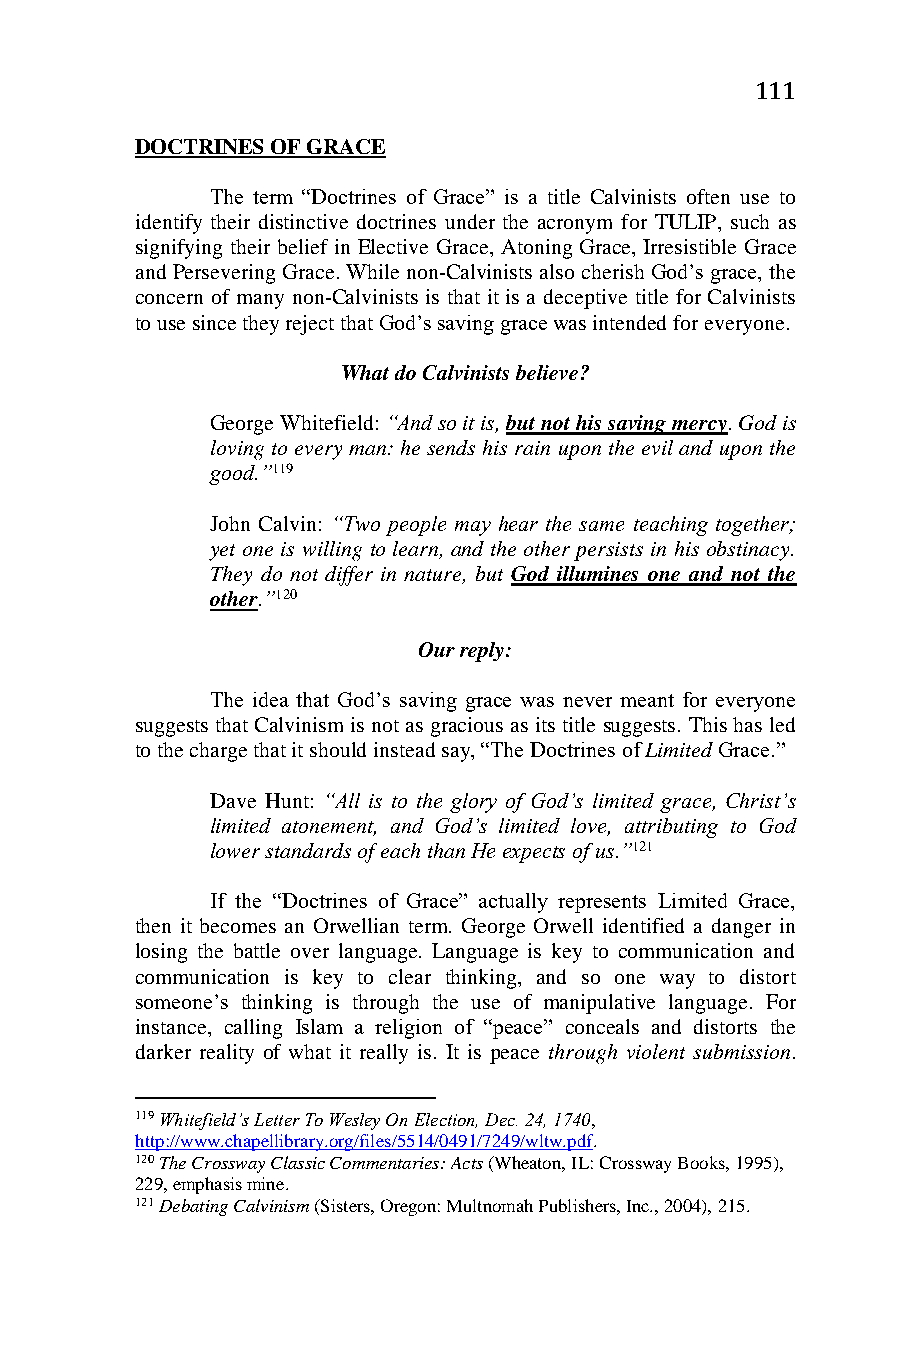
111
 DOCTRINES OF GRACE
 The term “Doctrines of Grace” is a title Calvinists often use to
 identify their distinctive doctrines under the acronym for TULIP, such as
 signifying their belief in Elective Grace, Atoning Grace, Irresistible Grace
 and Persevering Grace. While non-Calvinists also cherish God’s grace, the
 concern of many non-Calvinists is that it is a deceptive title for Calvinists
 to use since they reject that God’s saving grace was intended for everyone.
 What do Calvinists believe?
 George Whitefield: “And so it is, but not his saving mercy. God is
 loving to every man: he sends his rain upon the evil and upon the
 good.”119
 John Calvin: “Two people may hear the same teaching together;
 yet one is willing to learn, and the other persists in his obstinacy.
 They do not differ in nature, but God illumines one and not the
 other.”120
 Our reply:
 The idea that God’s saving grace was never meant for everyone
 suggests that Calvinism is not as gracious as its title suggests. This has led
 to the charge that it should instead say, “The Doctrines of Limited Grace.”
 Dave Hunt: “All is to the glory of God’s limited grace, Christ’s
 limited atonement, and God’s limited love, attributing to God
 lower standards of each than He expects of us.”121
 If the “Doctrines of Grace” actually represents Limited Grace,
 then it becomes an Orwellian term. George Orwell identified a danger in
 losing the battle over language. Language is key to communication and
 communication is key to clear thinking, and so one way to distort
 someone’s thinking is through the use of manipulative language. For
 instance, calling Islam a religion of “peace” conceals and distorts the
 darker reality of what it really is. It is peace through violent submission.
 119 Whitefield’s Letter To Wesley On Election, Dec. 24, 1740,
 http://www.chapellibrary.org/files/5514/0491/7249/wltw.pdf.
 120 The Crossway Classic Commentaries: Acts (Wheaton, IL: Crossway Books, 1995),
 229, emphasis mine.
 121 Debating Calvinism (Sisters, Oregon: Multnomah Publishers, Inc., 2004), 215.